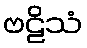
ဗဠိသံ